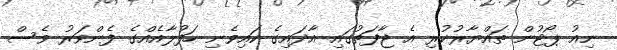
ނިއު ޕޯޓުން ތައްޔާރުކުރި އެ ޖާފަތުގައި އާދައިގެ ކައިވެނި ހަފުލާއެއްގެ ފެންވަރު ވެސް